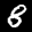
Label: 8